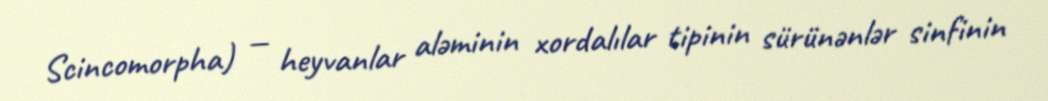
Scincomorpha) — heyvanlar aləminin xordalılar tipinin sürünənlər sinfinin